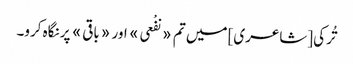
تُرکی [شاعری] میں تم «نفْعی» اور «باقی» پر نگاہ کرو۔